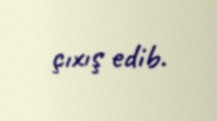
çıxış edib.